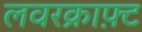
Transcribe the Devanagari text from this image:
लवरक्राफ़्ट